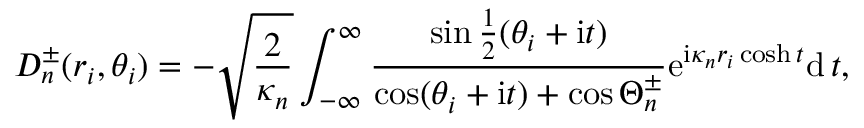
D _ { n } ^ { \pm } ( r _ { i } , \theta _ { i } ) = - \sqrt { \frac { 2 } { \kappa _ { n } } } \int _ { - \infty } ^ { \infty } \frac { \sin \frac { 1 } { 2 } ( \theta _ { i } + \mathrm { i } t ) } { \cos ( \theta _ { i } + \mathrm { i } t ) + \cos \Theta _ { n } ^ { \pm } } \mathrm { e } ^ { \mathrm { i } \kappa _ { n } r _ { i } \cosh t } \mathrm { d } \, t ,